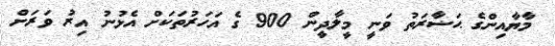
މާޔާއިންގެ ޙަޟާރަތު ވަނީ މީލާދީން 900 ގެ އަހަރުތަކަށް އެޅުނު އިރު ވަރަށް